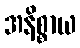
အနိစ္စာယ